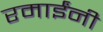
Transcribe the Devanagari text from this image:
रमाईंनी